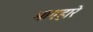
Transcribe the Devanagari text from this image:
भागहारे